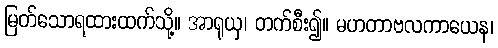
မြတ်သောရထားထက်သို့။ အာရုယှ၊ တက်စီး၍။ မဟတာဗလကာယေန၊